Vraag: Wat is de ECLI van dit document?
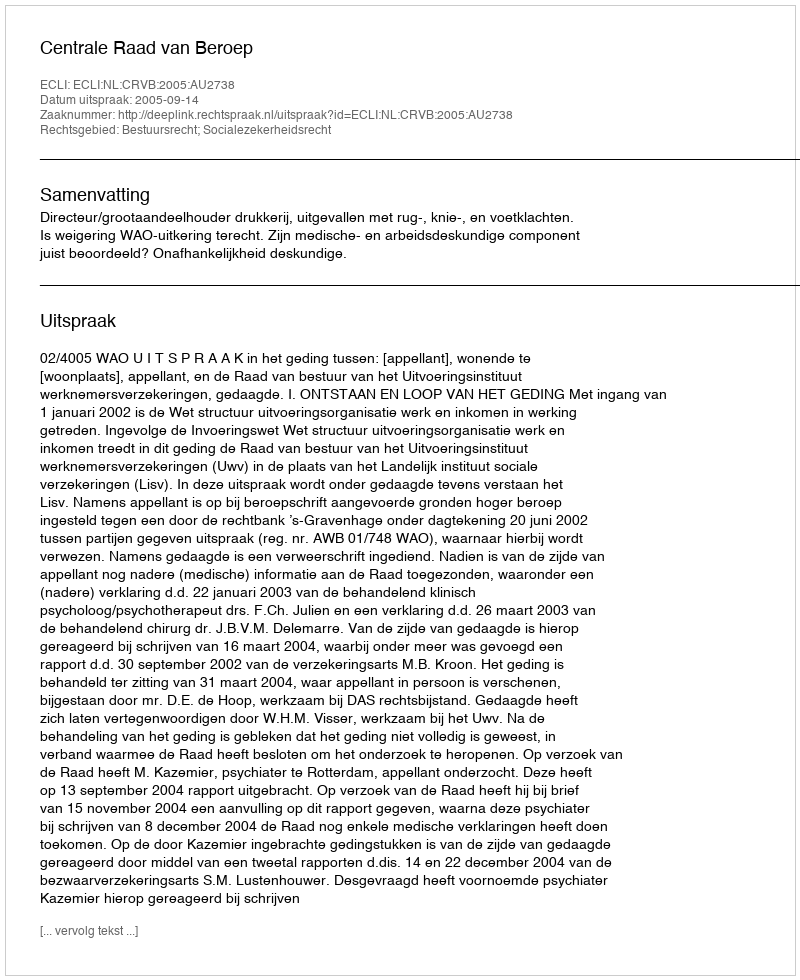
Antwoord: ECLI:NL:CRVB:2005:AU2738